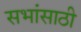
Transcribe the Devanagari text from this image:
सभांसाठी